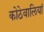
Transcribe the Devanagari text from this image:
कोठेवालियां